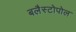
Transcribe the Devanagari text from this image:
बलैस्टोपोल